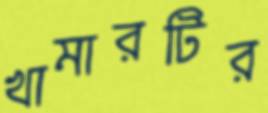
খামারটির